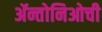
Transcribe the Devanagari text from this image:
ॲन्तोनिओची